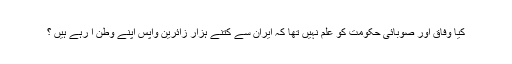
کیا وفاق اور صوبائی حکومت کو علم نہیں تھا کہ ایران سے کتنے ہزار زائرین واپس اپنے وطن آ رہے ہیں ؟